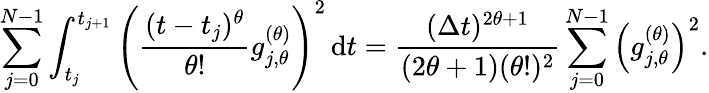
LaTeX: \sum_{j=0}^{N-1}\int_{t_{j}}^{t_{j+1}}\left(\frac{(t-t_{j})^{\theta}}{\theta!}g_{j,\theta}^{(\theta)}\right)^{2}\, \mathrm{d}t=\frac{(\Delta t)^{2\theta+1}}{(2\theta+1)(\theta!)^{2}}\sum_{j=0}^{N-1}\left(g_{j,\theta}^{(\theta)}\right)^{2}.